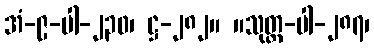
အံ-၉-ပါ-၂၃၀၊ ဋ္ဌ-၂၈၂။ ။သုတ္တ-ပါ-၂၈၇၊